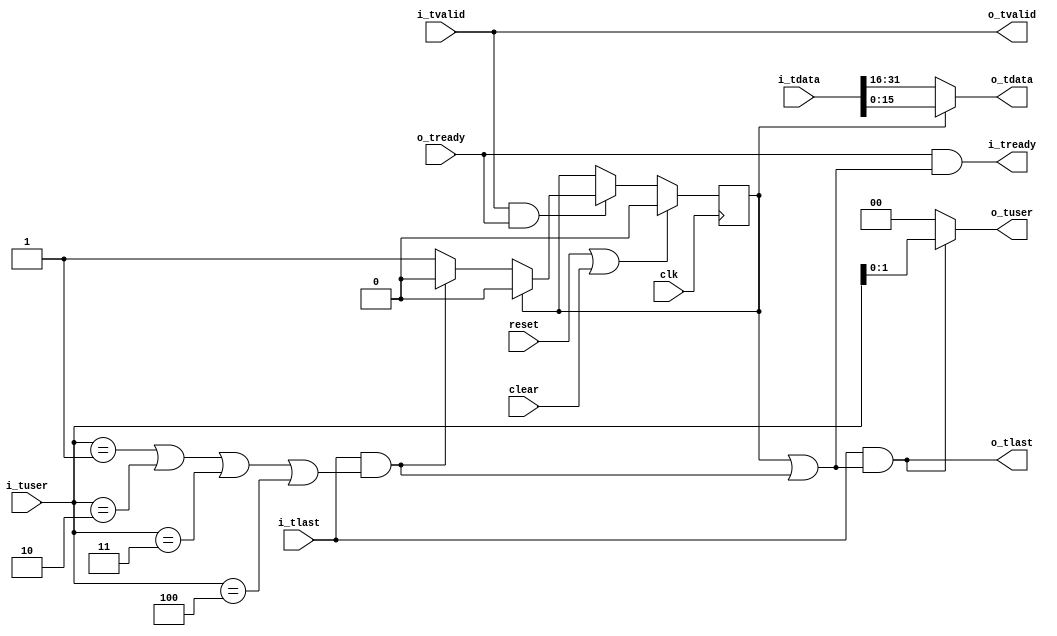
//
// Copyright 2018 Ettus Research, a National Instruments Company
//
// SPDX-License-Identifier: LGPL-3.0-or-later
//

module axi_fifo32_to_fifo16
  (input clk, input reset, input clear,
   input [31:0] i_tdata, input [2:0] i_tuser, input i_tlast, input i_tvalid, output i_tready,
   output [15:0] o_tdata, output [1:0] o_tuser, output o_tlast, output o_tvalid, input o_tready
   );

   wire 	 short_last = i_tlast & ((i_tuser == 3'd1) | (i_tuser == 3'd2) | (i_tuser == 3'd3) | (i_tuser == 3'd4));
   
   reg 		 state;
   always @(posedge clk)
     if(reset | clear)
       state <= 1'b0;
     else
       if(i_tvalid & o_tready)
	 case(state)
	   1'b0 :
	     if(~short_last)
	       state <= 1'b1;
	   1'b1 :
	     state <= 1'b0;
	 endcase // case (state)
   
   assign o_tdata = (state == 0) ? i_tdata[31:16] : i_tdata[15:0];
   assign o_tuser = o_tlast ? i_tuser[1:0] : 2'd0;
   assign o_tlast = i_tlast & ((state == 1'b1) | short_last);

   assign o_tvalid = i_tvalid;
   assign i_tready = o_tready & ((state == 1'b1) | short_last);
   		    
endmodule // axi_fifo64_to_fifo32